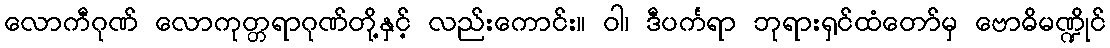
လောကီဂုဏ် လောကုတ္တရာဂုဏ်တို့နှင့် လည်းကောင်း။ ဝါ၊ ဒီပင်္ကရာ ဘုရားရှင်ထံတော်မှ ဗောဓိမဏ္ဍိုင်